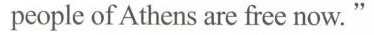
people of Athens are free now."